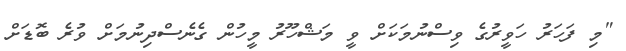
"މި ފަހަރު ހަވީރުގެ ވިސްނުމަކަށް ވީ މަޝްހޫރު މީހުން ގެނެސްދިނުމަށް ވުރެ ބޮޑަށް